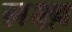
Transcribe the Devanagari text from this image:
लक्ष्य़